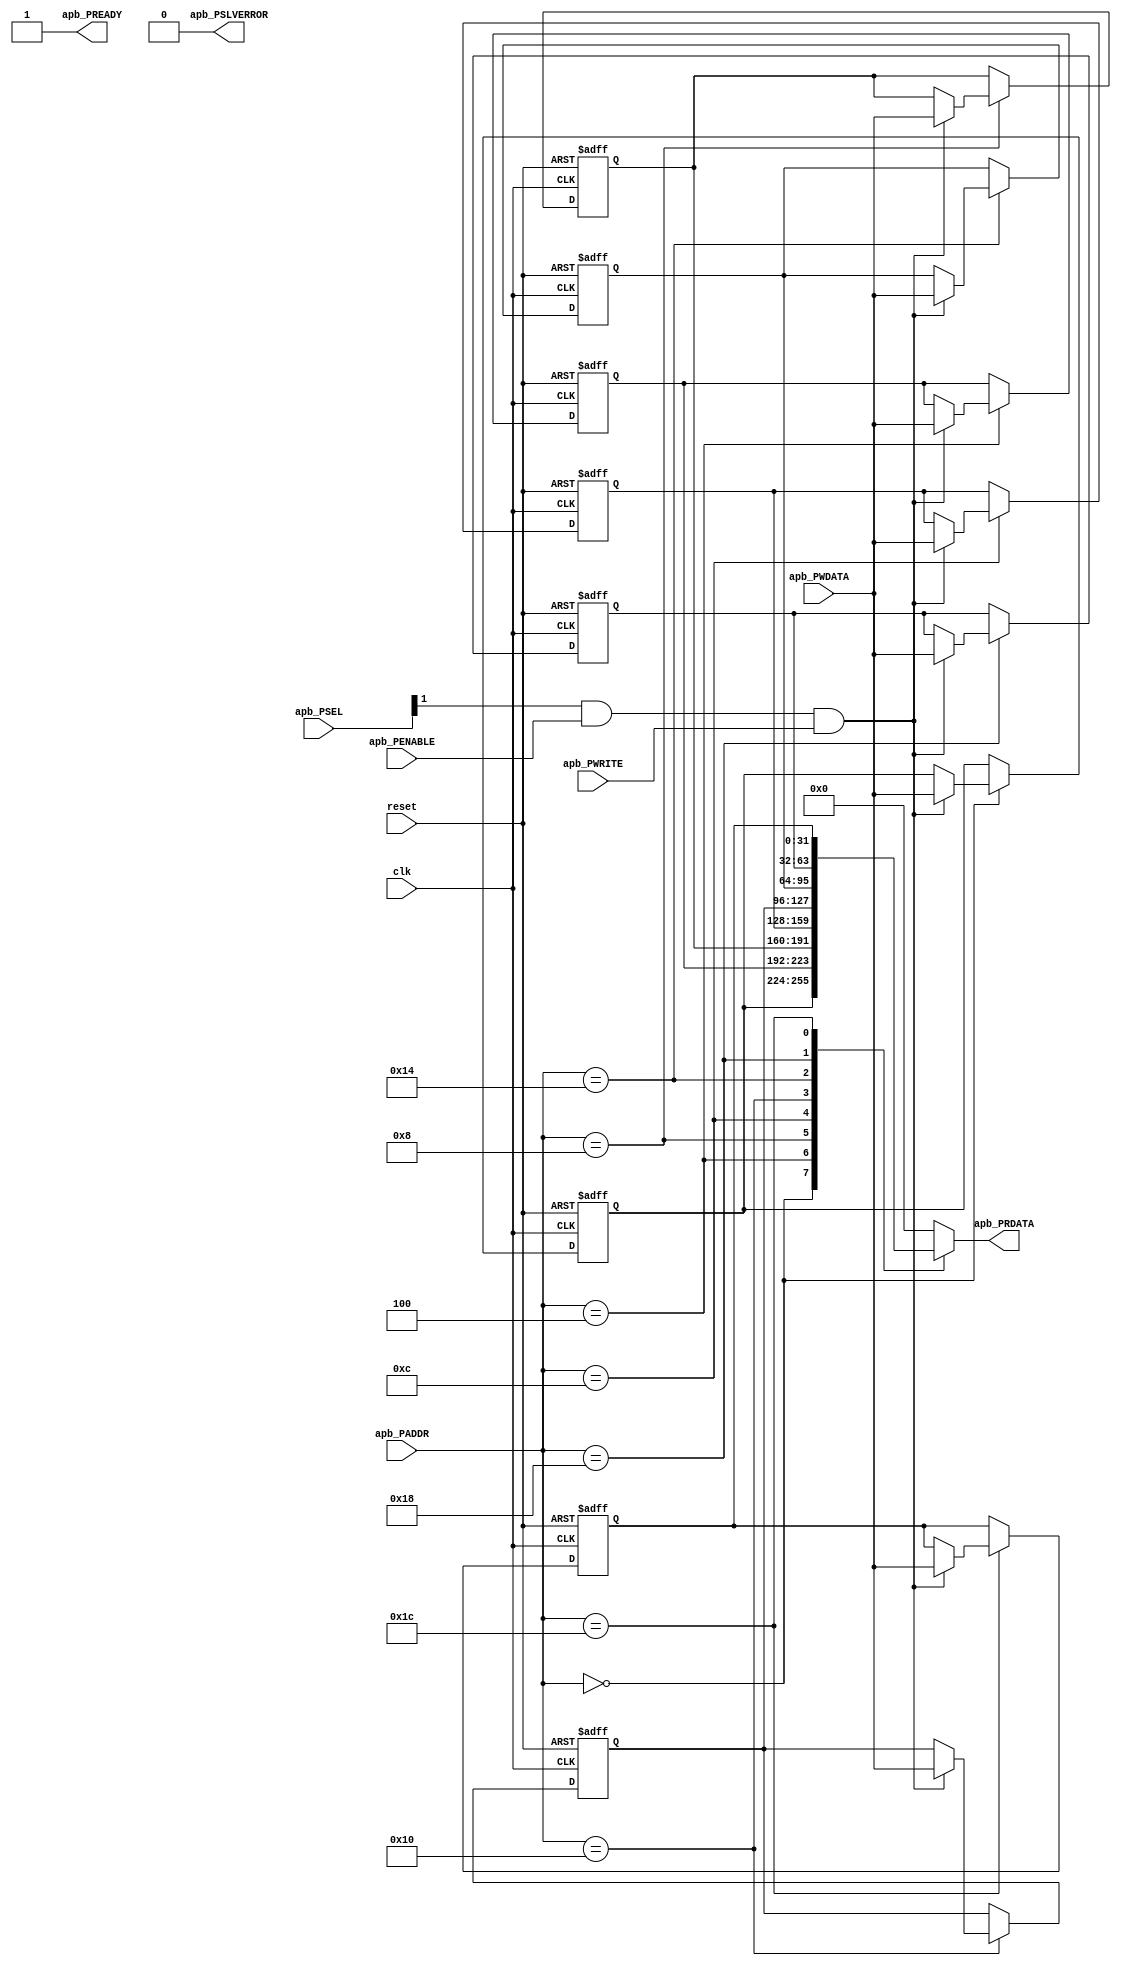
// Generator : SpinalHDL v1.7.2    git head : 08fc866bebdc40c471ebe327bface63e34406489
// Component : SlaveFactory_1
// Git hash  : 23d564a3e9d4d768c2cb1641ec7dc2becc0d2602

`timescale 1ns/1ps

module SlaveFactory_1 (
  input      [7:0]    apb_PADDR,
  input      [1:0]    apb_PSEL,
  input               apb_PENABLE,
  output              apb_PREADY,
  input               apb_PWRITE,
  input      [31:0]   apb_PWDATA,
  output reg [31:0]   apb_PRDATA,
  output              apb_PSLVERROR,
  input               clk,
  input               reset
);

  wire                slv_askWrite;
  wire                slv_askRead;
  wire                slv_doWrite;
  wire                slv_doRead;
  reg        [31:0]   regs_0;
  reg        [31:0]   regs_1;
  reg        [31:0]   regs_2;
  reg        [31:0]   regs_3;
  reg        [31:0]   regs_4;
  reg        [31:0]   regs_5;
  reg        [31:0]   regs_6;
  reg        [31:0]   regs_7;

  assign apb_PREADY = 1'b1;
  always @(*) begin
    apb_PRDATA = 32'h0;
    case(apb_PADDR)
      8'h0 : begin
        apb_PRDATA[31 : 0] = regs_0;
      end
      8'h04 : begin
        apb_PRDATA[31 : 0] = regs_1;
      end
      8'h08 : begin
        apb_PRDATA[31 : 0] = regs_2;
      end
      8'h0c : begin
        apb_PRDATA[31 : 0] = regs_3;
      end
      8'h10 : begin
        apb_PRDATA[31 : 0] = regs_4;
      end
      8'h14 : begin
        apb_PRDATA[31 : 0] = regs_5;
      end
      8'h18 : begin
        apb_PRDATA[31 : 0] = regs_6;
      end
      8'h1c : begin
        apb_PRDATA[31 : 0] = regs_7;
      end
      default : begin
      end
    endcase
  end

  assign apb_PSLVERROR = 1'b0;
  assign slv_askWrite = ((apb_PSEL[1] && apb_PENABLE) && apb_PWRITE);
  assign slv_askRead = ((apb_PSEL[1] && apb_PENABLE) && (! apb_PWRITE));
  assign slv_doWrite = (((apb_PSEL[1] && apb_PENABLE) && apb_PREADY) && apb_PWRITE);
  assign slv_doRead = (((apb_PSEL[1] && apb_PENABLE) && apb_PREADY) && (! apb_PWRITE));
  always @(posedge clk or posedge reset) begin
    if(reset) begin
      regs_0 <= 32'h0;
      regs_1 <= 32'h0;
      regs_2 <= 32'h0;
      regs_3 <= 32'h0;
      regs_4 <= 32'h0;
      regs_5 <= 32'h0;
      regs_6 <= 32'h0;
      regs_7 <= 32'h0;
    end else begin
      case(apb_PADDR)
        8'h0 : begin
          if(slv_doWrite) begin
            regs_0 <= apb_PWDATA[31 : 0];
          end
        end
        8'h04 : begin
          if(slv_doWrite) begin
            regs_1 <= apb_PWDATA[31 : 0];
          end
        end
        8'h08 : begin
          if(slv_doWrite) begin
            regs_2 <= apb_PWDATA[31 : 0];
          end
        end
        8'h0c : begin
          if(slv_doWrite) begin
            regs_3 <= apb_PWDATA[31 : 0];
          end
        end
        8'h10 : begin
          if(slv_doWrite) begin
            regs_4 <= apb_PWDATA[31 : 0];
          end
        end
        8'h14 : begin
          if(slv_doWrite) begin
            regs_5 <= apb_PWDATA[31 : 0];
          end
        end
        8'h18 : begin
          if(slv_doWrite) begin
            regs_6 <= apb_PWDATA[31 : 0];
          end
        end
        8'h1c : begin
          if(slv_doWrite) begin
            regs_7 <= apb_PWDATA[31 : 0];
          end
        end
        default : begin
        end
      endcase
    end
  end


endmodule